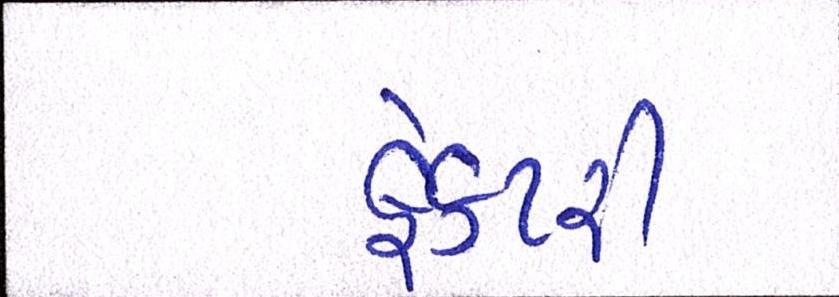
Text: ફેક્ટરી